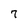
Character: 7